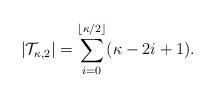
LaTeX: \begin{align*}\left|\mathcal T_{\kappa,2}\right | = \sum_{i=0}^{\lfloor\kappa/2\rfloor} (\kappa-2i +1).\end{align*}